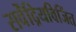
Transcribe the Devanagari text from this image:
सर्वेंद्रियविजिंत